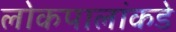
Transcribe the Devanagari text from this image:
लोकपालांकडे